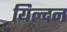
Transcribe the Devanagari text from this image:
यिल्दन